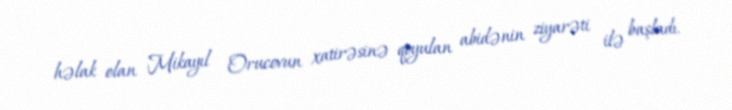
həlak olan Mikayıl Orucovun xatirəsinə qoyulan abidənin ziyarəti ilə başladı.